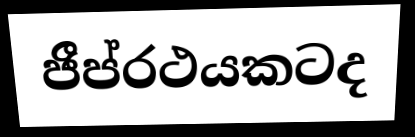
ජීප්රථයකටද